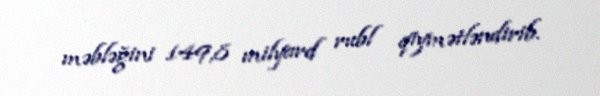
məbləğini 149,8 milyard rubl qiymətləndirib.